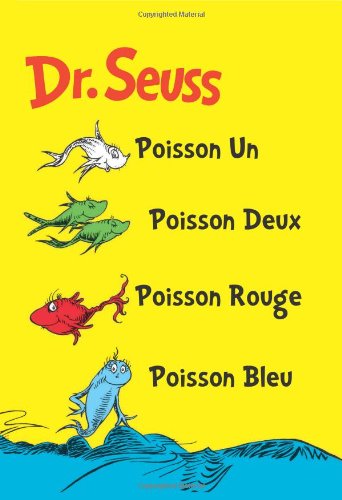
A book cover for Poisson Un Poisson Deux Poisson Rouge Poisson Bleu: The French Edition of One Fish Two Fish Red Fish Blue Fish (I Can Read It All by Myself Beginner Books); Children's Books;